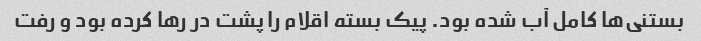
بستنی‌ها کامل آب شده بود. پیک بسته اقلام را پشت در رها کرده بود و رفت